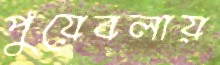
পুয়েবলায়